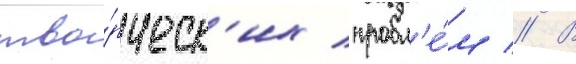
тво́рческ'их пробл'е́м // В